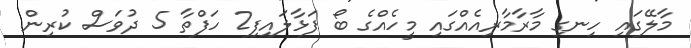
މާލޭގައި ހިނގި މާރާމާރިއެއްގައި މީހެއްގެ ބޯ ފަޅާލައިފި2 ހަފްތާ 5 ދުވަސް ކުރިން.